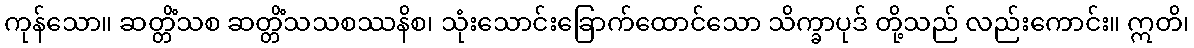
ကုန်သော။ ဆတ္တိံသစ ဆတ္တိံသသစဿနိစ၊ သုံးသောင်းခြောက်ထောင်သော သိက္ခာပုဒ် တို့သည် လည်းကောင်း။ ဣတိ၊